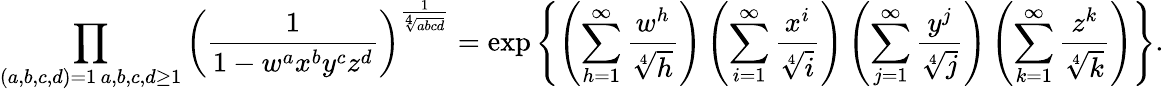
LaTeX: \prod_{\substack{(a,b,c,d)=1\, a,b,c,d\geq 1}}\left(\frac{1}{1-w^{a}x^{b}y^{c}z^{d}}\right)^{\frac{1}{\sqrt[4]{abcd}}}=\exp\left\{ \left(\sum_{h=1}^{\infty}\frac{w^{h}}{\sqrt[4]{h}}\right)\left(\sum_{i=1}^{\infty}\frac{x^{i}}{\sqrt[4]{i}}\right)\left(\sum_{j=1}^{\infty}\frac{y^{j}}{\sqrt[4]{j}}\right)\left(\sum_{k=1}^{\infty}\frac{z^{k}}{\sqrt[4]{k}}\right)\right\} .